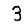
Digit: 3